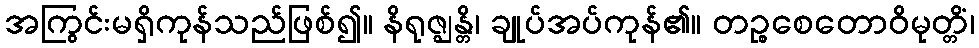
အကြွင်းမရှိကုန်သည်ဖြစ်၍။ နိရုဇ္ဈန္တိ၊ ချုပ်အပ်ကုန်၏။ တဉ္စစေတောဝိမုတ္တိံ၊